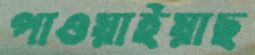
পাওয়াইয়াছ